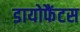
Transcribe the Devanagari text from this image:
डायोफैंटस